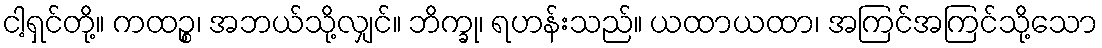
ငါ့ရှင်တို့။ ကထဉ္စ၊ အဘယ်သို့လျှင်။ ဘိက္ခု၊ ရဟန်းသည်။ ယထာယထာ၊ အကြင်အကြင်သို့သော